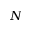
N